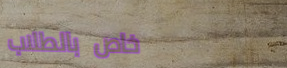
خاص بالطلاب